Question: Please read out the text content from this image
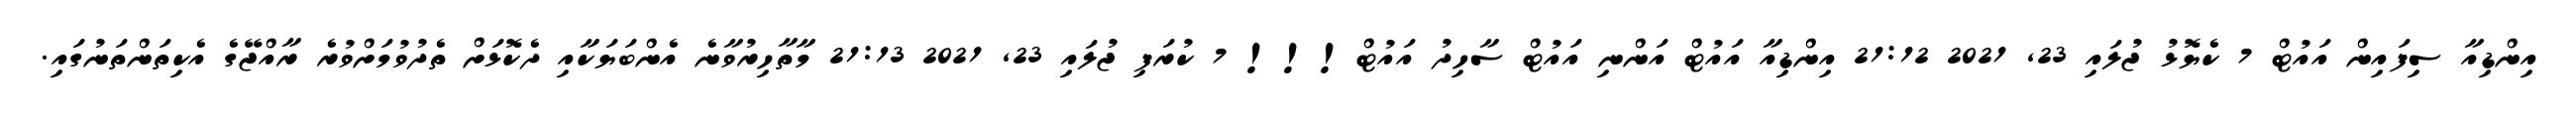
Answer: އިންޑިއާ ސިފައިން އައުޓް 7 ކެޔޮޅު ޖުލައި 23, 2021 21:12 އިންޑިއާ އައުޓް އަންނި އައުޓް ސާހިދު އައުޓް!!! 7 ކުރަފި ޖުލައި 23, 2021 21:13 މާތާހިރުވާނެ އެންބަޔަކާއި ދެކޮޅަށް ތެދުވުމަށްވުރެ ރާއްޖޭގެ އެކިތަންތަނުގައި.